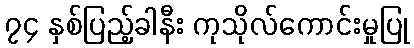
၇၄ နှစ်ပြည့်ခါနီး ကုသိုလ်ကောင်းမှုပြု